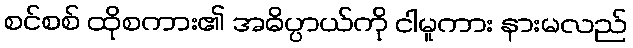
စင်စစ် ထိုစကား၏ အဓိပ္ပာယ်ကို ငါမူကား နားမလည်